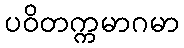
ပဝိတက္ကမာဂမာ